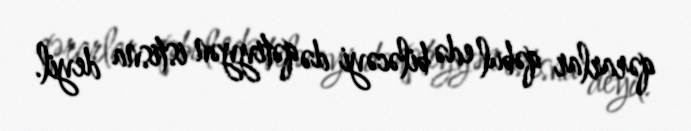
qərarlar qəbul edə biləcəyi də qətiyyən istisna deyil.